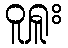
ဝူရှူး